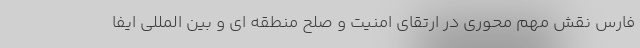
فارس نقش مهم محوری در ارتقای امنیت و صلح منطقه ای و بین المللی ایفا